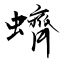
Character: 蠐